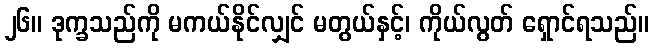
၂၆။ ဒုက္ခသည်ကို မကယ်နိုင်လျှင် မတွယ်နှင့်၊ ကိုယ်လွတ် ရှောင်ရသည်။